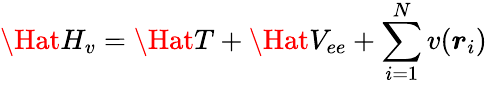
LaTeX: \Hat{H}_{v}=\Hat{T}+\Hat{V}_{ee}+\sum_{i=1}^{N}v(\boldsymbol{r}_{i})